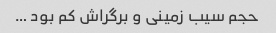
حجم سیب زمینی و برگراش کم بود …